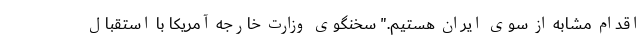
اقدام مشابه از سوی ایران هستیم." سخنگوی وزارت خارجه آمریکا با استقبال